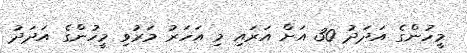
މީހުންގެ އަދަދު 30 އަށް އަރައި މި އަހަރު މަރުވި މީހުންގެ އަދަދު